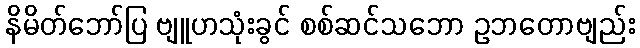
နိမိတ်ဘော်ပြ ဗျူဟသုံးခွင် စစ်ဆင်သဘော ဥဘတောဗျည်း